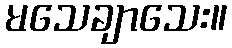
မသေချာသေး။